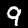
Digit: 9